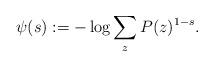
LaTeX: \begin{align*}\psi(s) := -\log \sum_{z} P(z)^{1-s}.\end{align*}